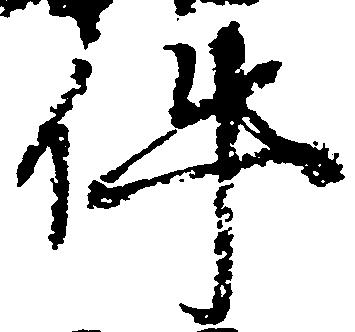
件